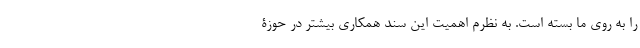
را به روی ما بسته است. به نظرم اهمیت این سند همکاری بیشتر در حوزۀ